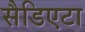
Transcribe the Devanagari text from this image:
सैडिएटा